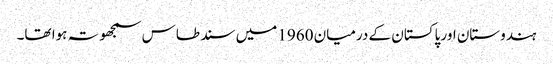
ہندوستان اور پاکستان کے درمیان 1960 میں سند طاس سمجھوتہ ہوا تھا۔